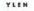
YLEN